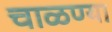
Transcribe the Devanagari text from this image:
चाळण्या